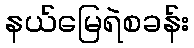
နယ်မြေရဲစခန်း